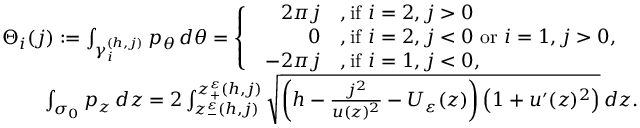
\begin{array} { r } { \Theta _ { i } ( j ) : = \int _ { \gamma _ { i } ^ { ( h , j ) } } p _ { \theta } \, d \theta = \left\{ \begin{array} { l l } { \begin{array} { r l } { 2 \pi j } & { , \mathrm { i f ~ } i = 2 , j > 0 } \\ { 0 } & { , \mathrm { i f ~ } i = 2 , j < 0 \mathrm { ~ o r ~ } i = 1 , j > 0 , } \\ { - 2 \pi j } & { , \mathrm { i f ~ } i = 1 , j < 0 , } \end{array} } \end{array} \right. } \\ { \int _ { \sigma _ { 0 } } p _ { z } \, d z = 2 \int _ { z _ { - } ^ { \varepsilon } ( h , j ) } ^ { { z _ { + } ^ { \varepsilon } ( h , j ) } } \sqrt { \left( h - \frac { j ^ { 2 } } { u ( z ) ^ { 2 } } - U _ { \varepsilon } ( z ) \right) \left( 1 + u ^ { \prime } ( z ) ^ { 2 } \right) } \, d z . } \end{array}